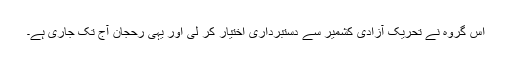
اس گروہ نے تحریک آزادیِ کشمیر سے دستبرداری اختیار کر لی اور یہی رحجان آج تک جاری ہے۔